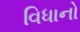
વિધાનો